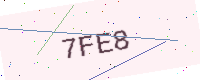
Text: 7FE8